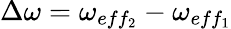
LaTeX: \Delta\omega=\omega_{eff_{2}}-\omega_{eff_{1}}